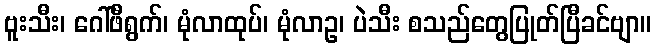
ဗူးသီး၊ ဂေါ်ဖီရွက်၊ မုံလာထုပ်၊ မုံလာဥ၊ ပဲသီး စသည်တွေပြုတ်ပြီခင်ဗျာ။